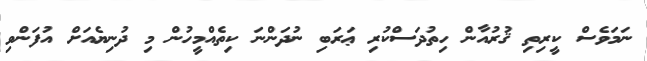
ނަމަވެސް ކީރިތި ޤުރުއާން ހިތުދަސްކުރި ޢަރަބި ނުދަންނަ ކިތެއްމީހުން މި ދުނިޔެއަށް އުފަންވި